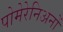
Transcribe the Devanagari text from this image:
पोमेरेनिअनों